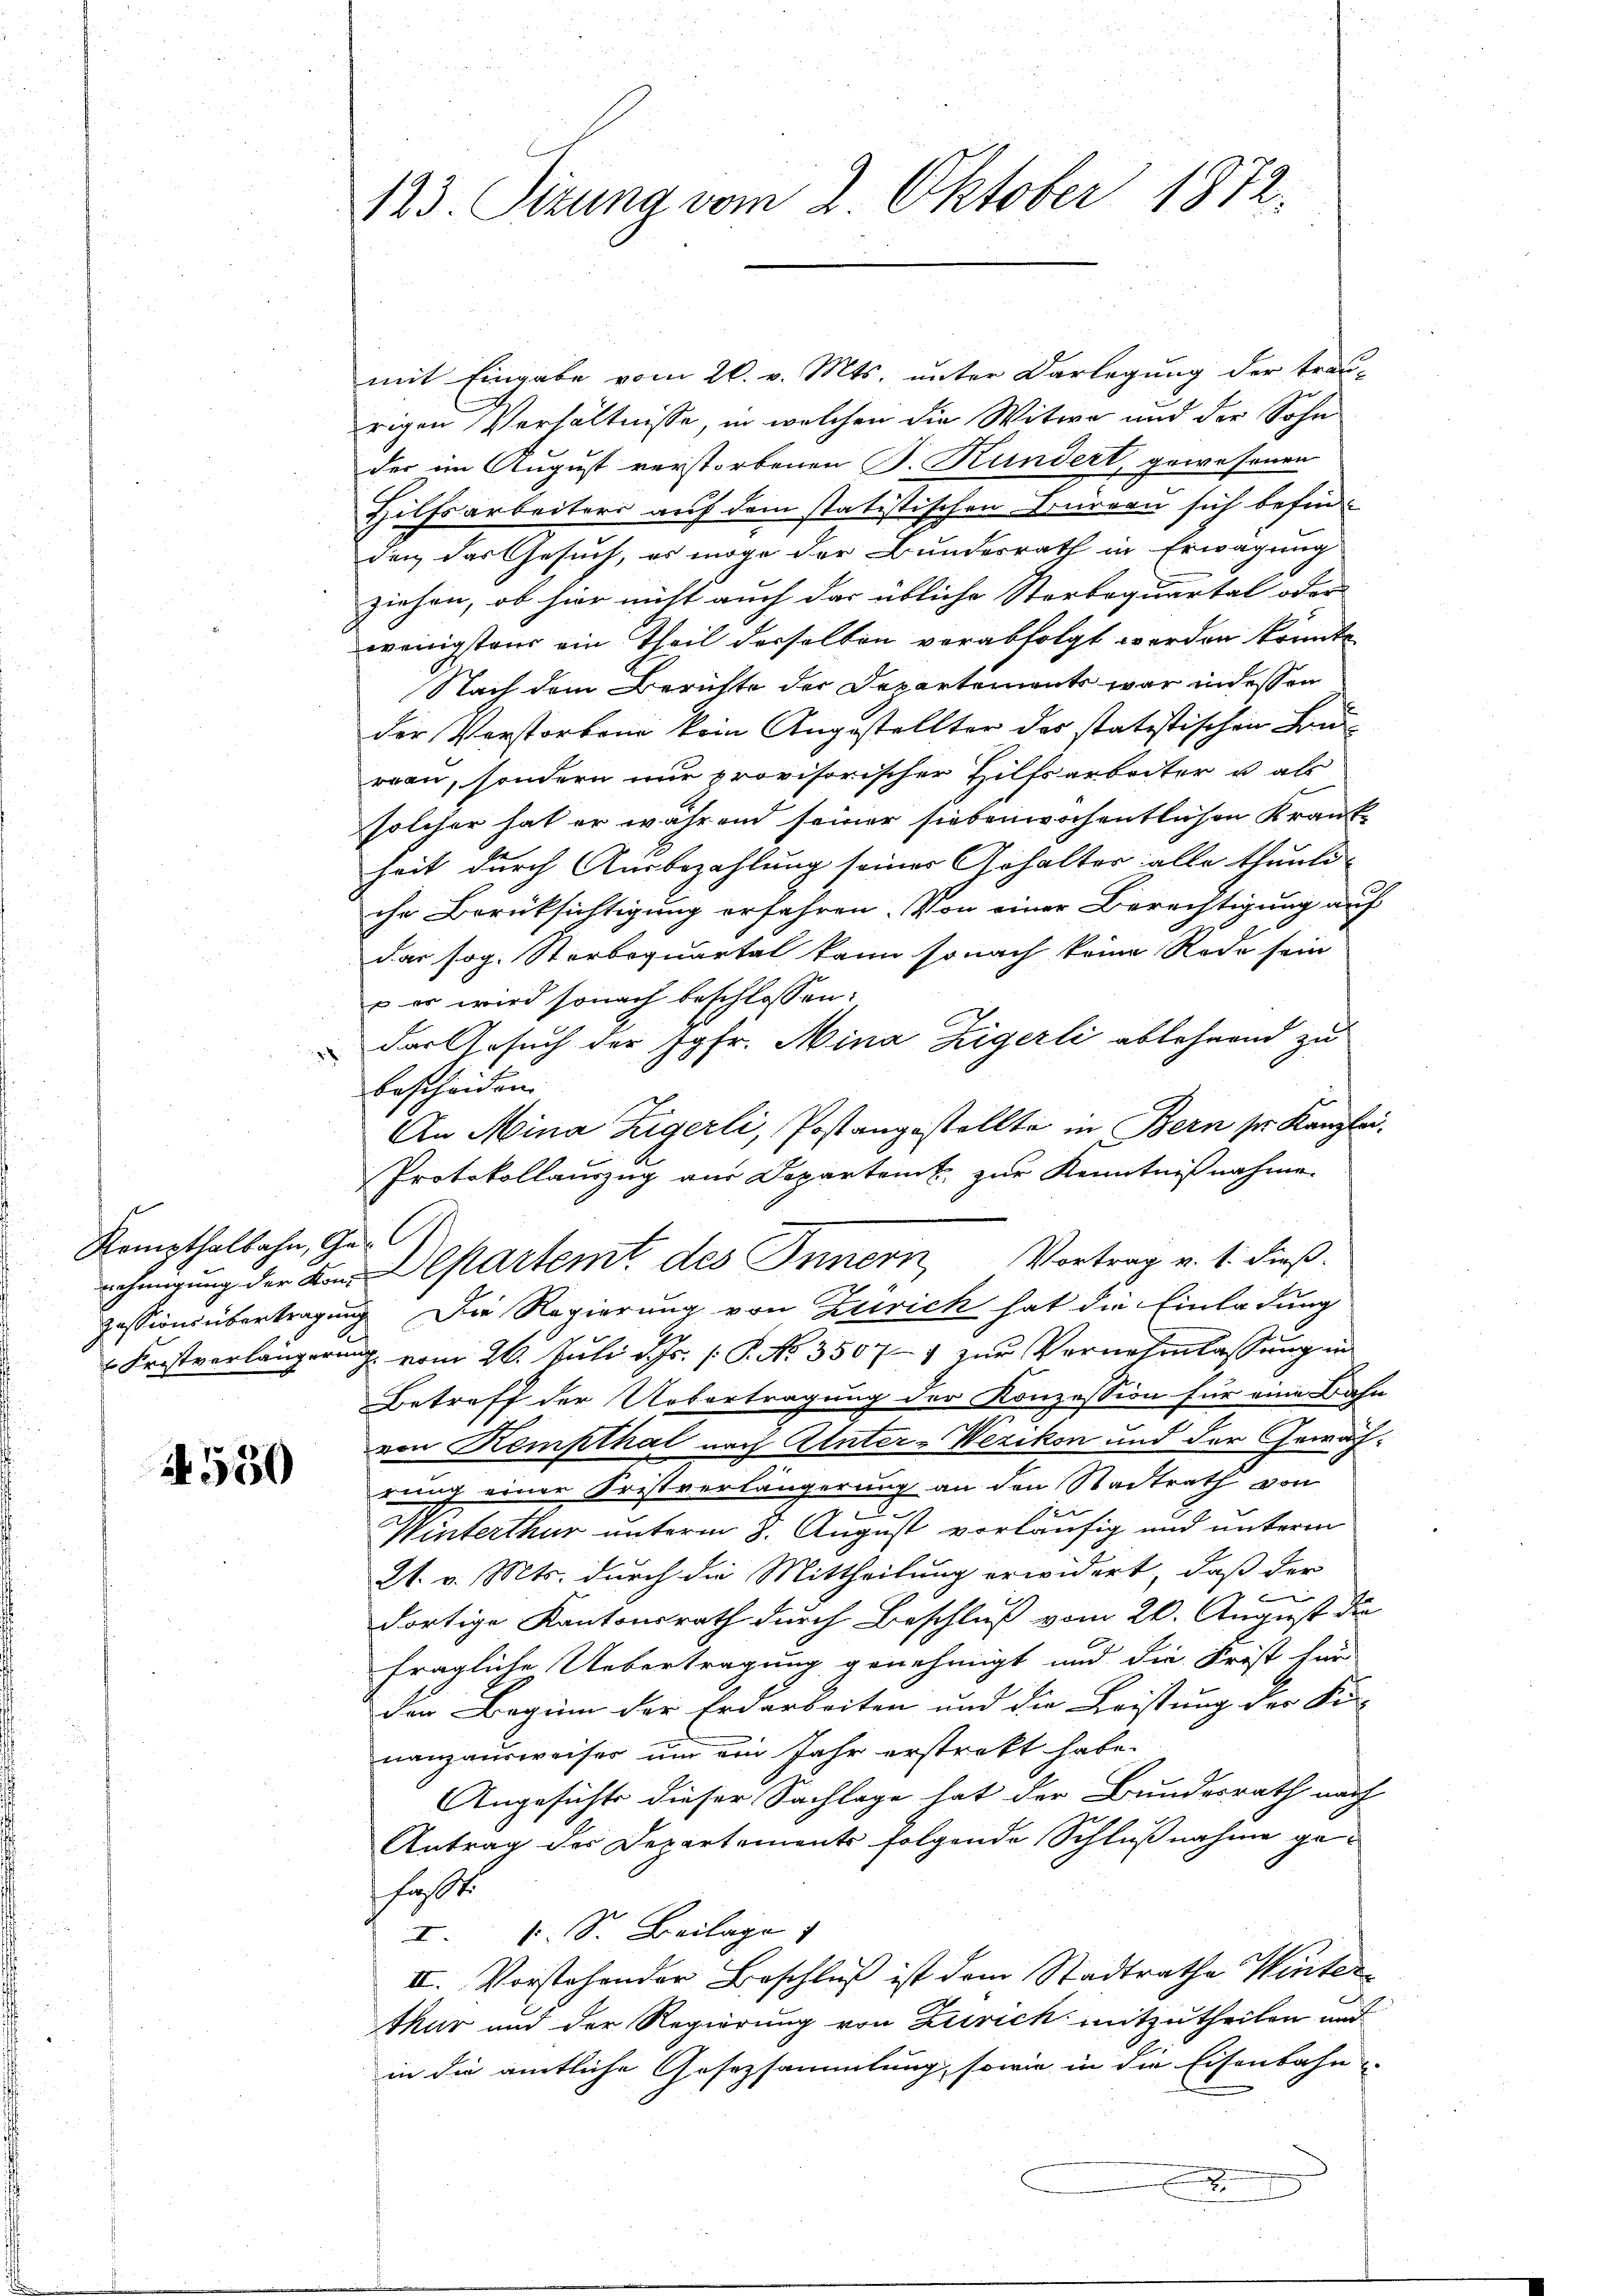
Kempthalbahn, Ge¬

4550

123. Situng vom 2. Oktober 1872.

mit Eingabe vom 26. v. Mts. unter Darlegung der trau-
rigen Verhältnisse, in welchen die Witwe und der Sohn
der im August verstorbenen P. Kundert, gewesenen
Hilfsarbeiters auf dem statistischen Bureau sich befin-
den, das Gesuch, es möge der Bundesrath in Erwägung
ziehen, ob hier nicht auch das übliche Sterboquartal oder
wenigstens ein Theil derselben verabfolgt werden könnte
Nach dem Berichte der Departements war in dessen
der Verstorben kein Angestellter der statistischen Bauran, sondern nur provisorischer Hilfsarbeiter u als
solcher hat er während seiner siebenwochentlichen Krankheit durch Ausbezahlung seiner Gehalter alle thunli
che Berüksichtigung erfahren. Von einer Berechtigung auf
dar sog. Sterboquartal kann so nach keine Rode sein
 er wird sonach beschlossen:
das Gesuch der Jgfr. Mina Zigerli ablehnend zu
bescheiden
An Mina Zigerli, Postangestellte in Bern ser Kanzlei¬
Protokollauszug aus Departent zur Kenntnißnahme.
rchmerung der den Departemt des Innern, Vortrag v. 1. dieß¬
Zessionsübertragung. Die Regierung von Zürich hat die Einladung
 Fristverlängerung vom 26. Juli d. Js. P. No. 35077 zur Vornehmlassung in
Betreff der Uebertragung der Konzession für eine Bahn
von Kempthal nach Unter-Wezikon und der Gewächrung einer Fristverlängerung an den Stadtrath von
Winterthur unterm 8. August vorläufig und unterm
21. v. Mts. durch die Mittheilung erwidert, daß der
B
dortige Kantonsrath durch Beschluß vom 20. August die
fragliche Uebertragung genehmigt und die Frist für
den Beginn der Erdarbeiten und die Leistung der Fi-
nanzausweises um ein Jahr erstrakt habe.
Angesichts dieser Sachlage hat der Bundesrath nach
Antrag des Departements folgende Schlußnahme gefühlt.
I. u. S. Beilage
II. Vorstehender Beschluß ist dem Stadtrathe Winter¬
Mar und der Regierung von Zürich mitzutheilen und
in die amtliche Gesetzsammlung, sowie in die Eisenbahn